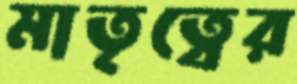
মাতৃত্বের